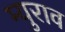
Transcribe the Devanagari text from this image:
म्युराव